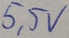
Text: 5,5V